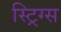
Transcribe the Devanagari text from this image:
स्ट्रिग्स